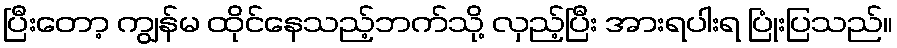
ပြီးတော့ ကျွန်မ ထိုင်နေသည့်ဘက်သို့ လှည့်ပြီး အားရပါးရ ပြုံးပြသည်။